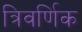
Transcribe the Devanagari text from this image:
त्रिवर्णिक